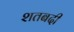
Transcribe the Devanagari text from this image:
शतबदी